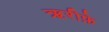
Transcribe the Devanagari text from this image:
ऋरीफ़े